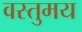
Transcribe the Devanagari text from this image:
वस्तुमय